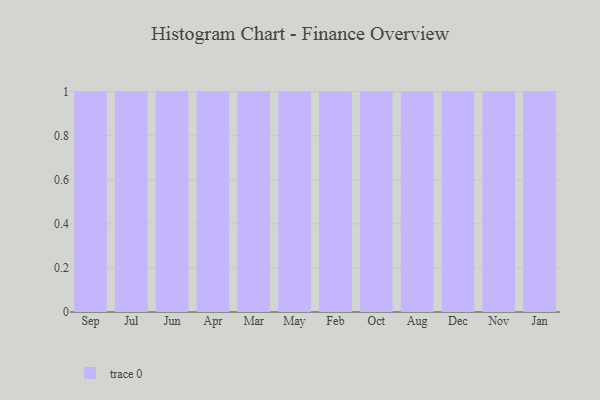
{"axis": {"x": "Month", "y": "Energy Usage (MWh)"}, "legend": [""], "data": [{"x": "Sep", "y": 14, "type": ""}, {"x": "Jul", "y": 29, "type": ""}, {"x": "Jun", "y": 52, "type": ""}, {"x": "Apr", "y": 56, "type": ""}, {"x": "Mar", "y": 55, "type": ""}, {"x": "May", "y": 77, "type": ""}, {"x": "Feb", "y": 64, "type": ""}, {"x": "Oct", "y": 45, "type": ""}, {"x": "Aug", "y": 3, "type": ""}, {"x": "Dec", "y": 88, "type": ""}, {"x": "Nov", "y": 17, "type": ""}, {"x": "Jan", "y": 31, "type": ""}]}